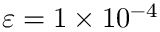
\varepsilon = 1 \times 1 0 ^ { - 4 }